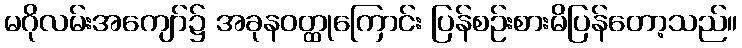
မဂိုလမ်းအကျော်၌ အခုနဝတ္ထုကြောင်း ပြန်စဉ်းစားမိပြန်တော့သည်။